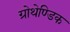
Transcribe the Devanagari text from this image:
ग्रोथेण्डिक